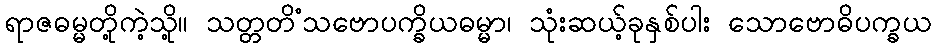
ရာဇဓမ္မတို့ကဲ့သို့။ သတ္တတိံသဗောပက္ခိယဓမ္မာ၊ သုံးဆယ့်ခုနှစ်ပါး သောဗောဓိပက္ခယ